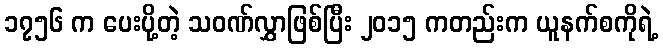
၁၇၅၆ က ပေးပို့တဲ့ သဝဏ်လွှာဖြစ်ပြီး ၂၀၁၅ ကတည်းက ယူနက်စကိုရဲ့